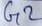
Text: G2